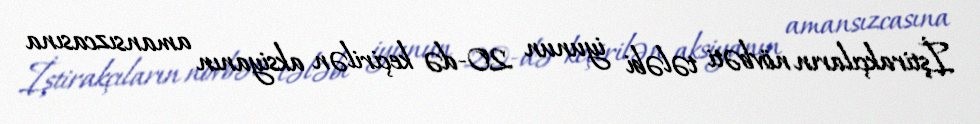
İştirakçıların növbəti tələbi iyunun 20-də keçirilən aksiyanın amansızcasına